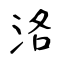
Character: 洛